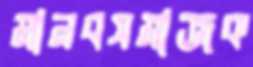
মানবসমাজক